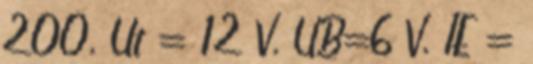
200, Ut = 12 V, UB=6 V, IE =